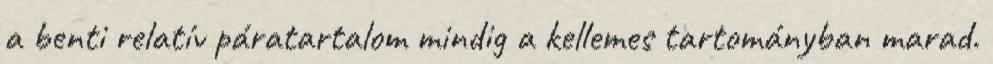
a benti relatív páratartalom mindig a kellemes tartományban marad.